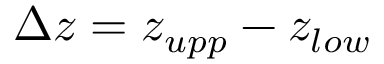
\Delta z = z _ { u p p } - z _ { l o w }